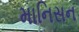
માનિસન